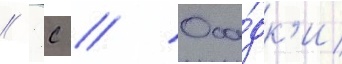
/ 5с // Оса́дк'и